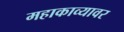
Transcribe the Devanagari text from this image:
महाकाव्यावर